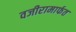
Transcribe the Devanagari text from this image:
वजीरामार्फत